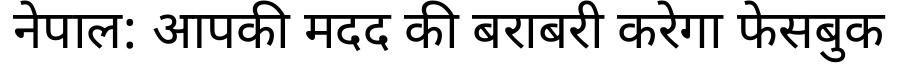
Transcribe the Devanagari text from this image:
नेपाल: आपकी मदद की बराबरी करेगा फेसबुक